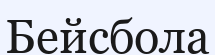
Бейсбола